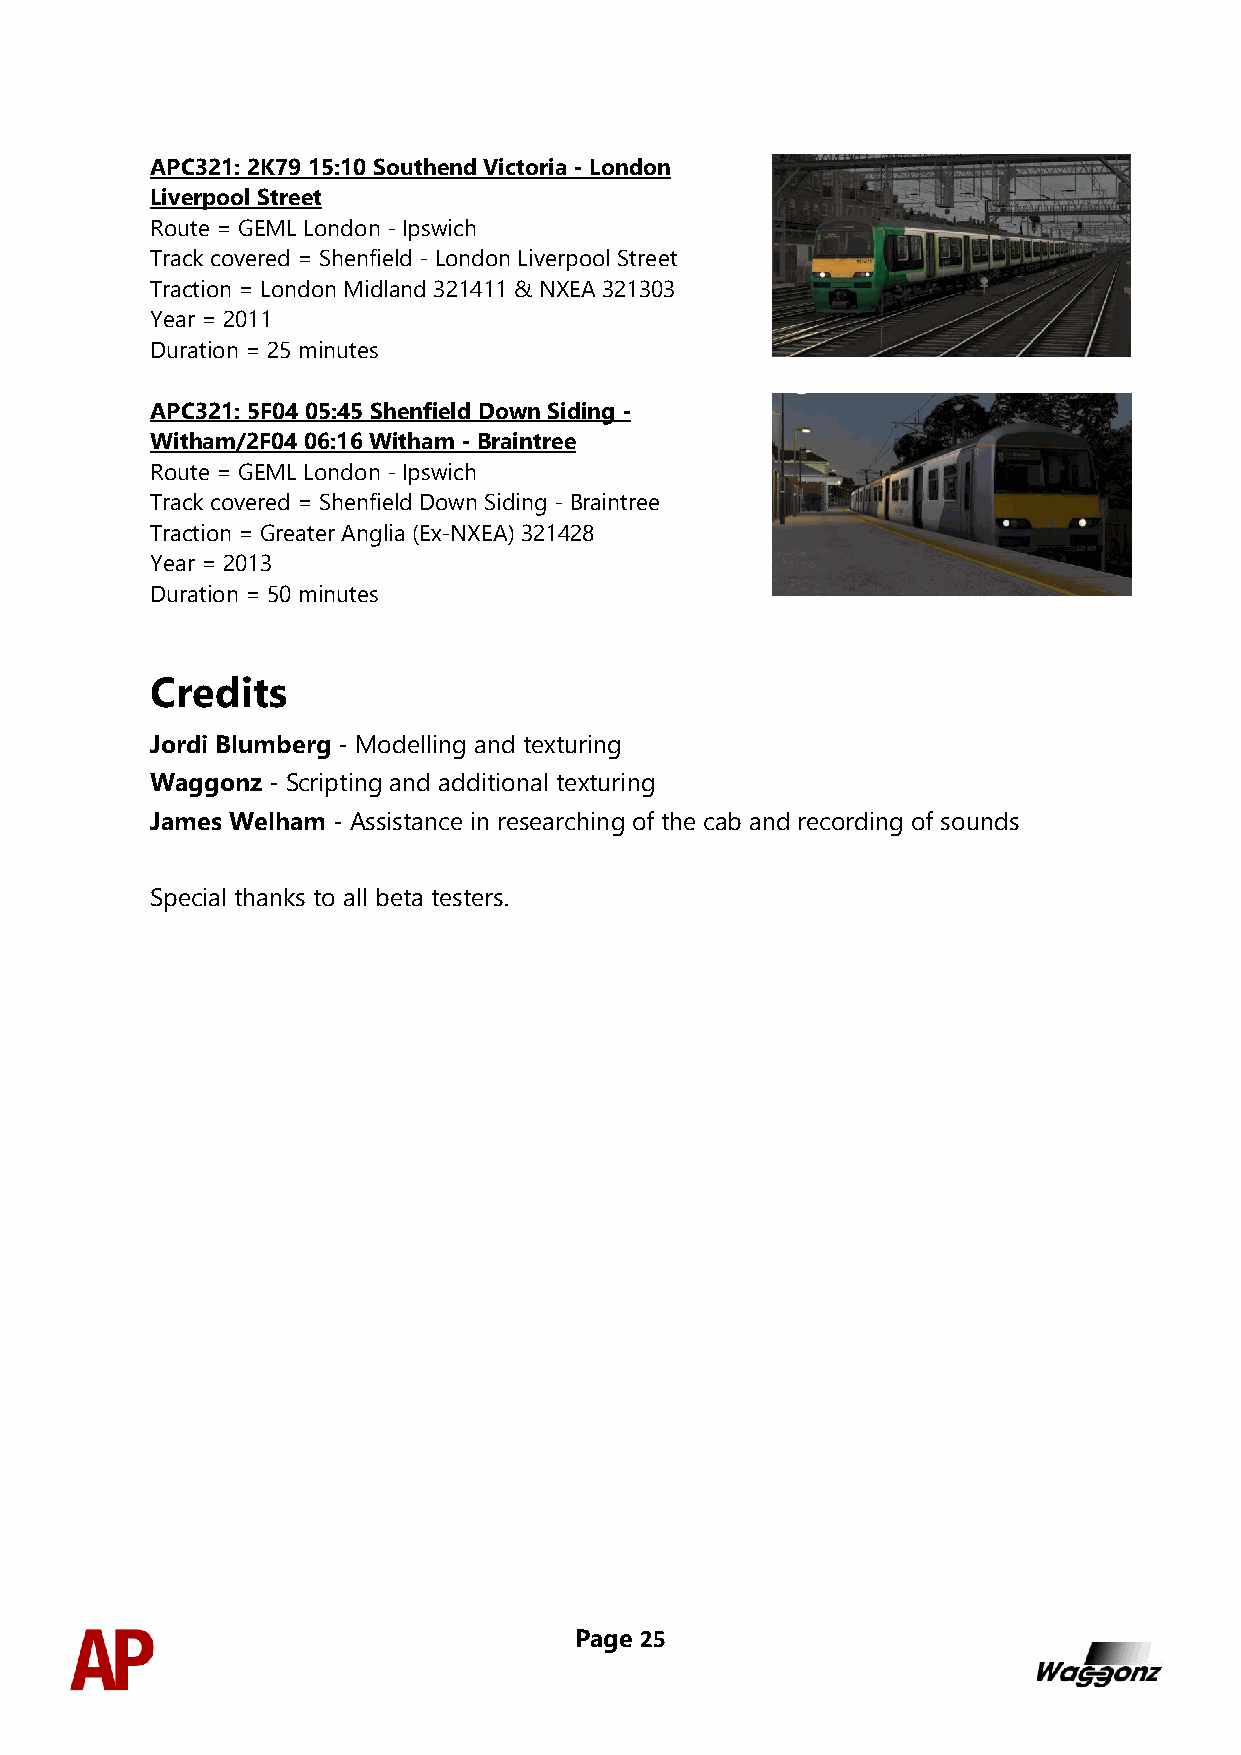
APC321: 2K79 15:10 Southend Victoria - London
 Liverpool Street
 Route = GEML London - Ipswich
 Track covered = Shenfield - London Liverpool Street
 Traction = London Midland 321411 & NXEA 321303
 Year = 2011
 Duration = 25 minutes
 APC321: 5F04 05:45 Shenfield Down Siding -
 Witham/2F04 06:16 Witham - Braintree
 Route = GEML London - Ipswich
 Track covered = Shenfield Down Siding - Braintree
 Traction = Greater Anglia (Ex-NXEA) 321428
 Year = 2013
 Duration = 50 minutes
 Credits
 Jordi Blumberg - Modelling and texturing
 Waggonz - Scripting and additional texturing
 James Welham - Assistance in researching of the cab and recording of sounds
 Special thanks to all beta testers.
 Page 25